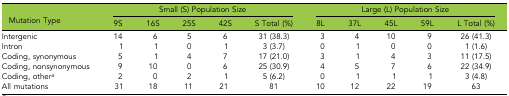
| <ROWSPAN=2> Mutation Type | <COLSPAN=5> Small (S) Population Size | <COLSPAN=5> Large (L) Population Size |
 | 9S | 16S | 25S | 42S | S Total (%) | 8L | 37L | 45L | 59L | L Total (%) |
 | --- | --- | --- | --- | --- | --- | --- | --- | --- | --- | --- |
 | Intergenic | 14 | 6 | 5 | 6 | 31 (38.3) | 3 | 4 | 10 | 9 | 26 (41.3) |
 | Intron | 1 | 1 | 0 | 1 | 3 (3.7) | 0 | 1 | 0 | 0 | 1 (1.6) |
 | Coding, synonymous | 5 | 1 | 4 | 7 | 17 (21.0) | 3 | 1 | 4 | 3 | 11 (17.5) |
 | Coding, nonsynonymous | 9 | 10 | 0 | 6 | 25 (30.9) | 4 | 5 | 7 | 6 | 22 (34.9) |
 | Coding, othera | 2 | 0 | 2 | 1 | 5 (6.2) | 0 | 1 | 1 | 1 | 3 (4.8) |
 | All mutations | 31 | 18 | 11 | 21 | 81 | 10 | 12 | 22 | 19 | 63 |